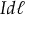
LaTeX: I d { \boldsymbol { \ell } }